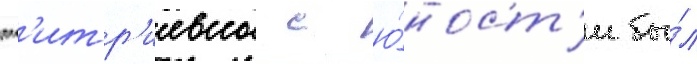
дм'итр'иевны с ю́ност'и бы́л